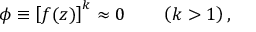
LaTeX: \phi \equiv \left[ f ( z ) \right] ^ { k } \approx 0 \qquad \left( k > 1 \right) ,